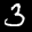
Label: 3